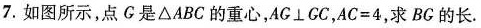
7.如图所示，点G是△ABC的重心，AG⊥GC，$$A C = 4$$，求BG的长。